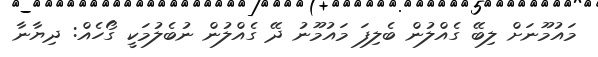
މައުމޫނަށް ލިބޭ ގެއްލުން ބެލިފަ މައުމޫނު ދޭ ގެއްލުން ނުބެލުމަކީ ގޯހެއް: ދިޔާނާ